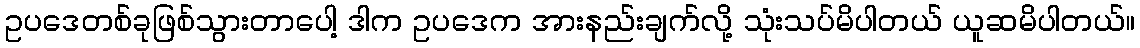
ဥပဒေတစ်ခုဖြစ်သွားတာပေါ့ ဒါက ဥပဒေက အားနည်းချက်လို့ သုံးသပ်မိပါတယ် ယူဆမိပါတယ်။